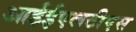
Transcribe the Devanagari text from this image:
आईईएलटीएस